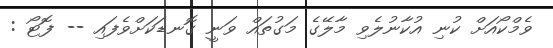
ވެމްކޯއަށް ކުނި އުކާނުލެވި މާލޭގެ މަގުތައް ވަނީ ގޮނޑަކަށްވެފައި -- ފޮޓޯ :